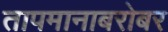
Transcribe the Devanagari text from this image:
तापमानाबरोबर